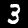
Digit: 3